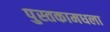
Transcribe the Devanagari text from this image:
पुस्तकामधला